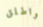
واطلق